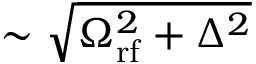
\sim \sqrt { \Omega _ { \mathrm { r f } } ^ { 2 } + \Delta ^ { 2 } }